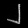
Digit: ၂